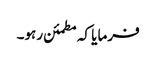
فرمایا کہ مطمئن رہو۔